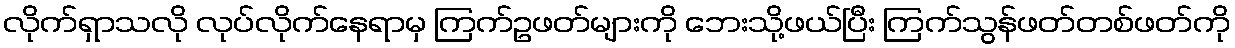
လိုက်ရှာသလို လုပ်လိုက်နေရာမှ ကြက်ဥဖတ်များကို ဘေးသို့ဖယ်ပြီး ကြက်သွန်ဖတ်တစ်ဖတ်ကို